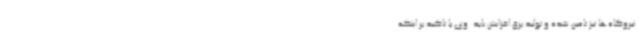
نیروگاه‌ها نیز تامین شده و تولید برق افزایش یابد. وی با تاکید بر اینکه